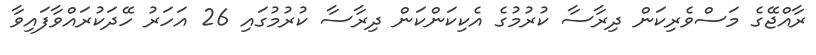
ރާއްޖޭގެ މަސްވެރިކަން ދިރާސާ ކުރުމުގެ އެކިކަންކަން ދިރާސާ ކުރުމުގައި 26 އަހަރު ހޭދަކުރައްވާފައިވާ